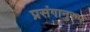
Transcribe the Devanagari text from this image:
प्रसंगानुरुप